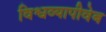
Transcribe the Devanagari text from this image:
विश्वव्यापीवेब